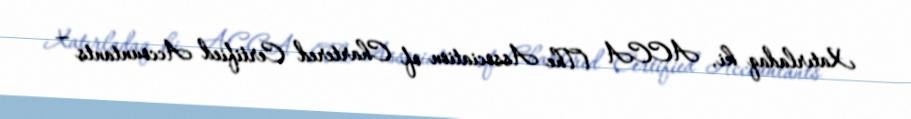
Xatırladaq ki, ACCA (The Association of Chartered Certified Accountants —